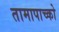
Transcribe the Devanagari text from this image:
तामापाच्को